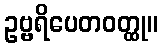
ဥဗ္ဗရိပေတဝတ္ထု။